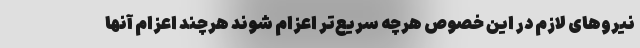
نیروهای لازم در این خصوص هرچه سریع‌تر اعزام شوند هرچند اعزام آنها